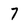
Character: 7